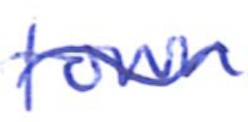
Text: town
Cross-out: mix
Writing tool: ballpoint